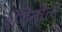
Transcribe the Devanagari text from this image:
शेंगेतील